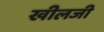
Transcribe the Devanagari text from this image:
खीलजी